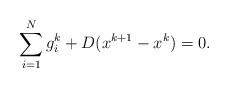
LaTeX: \begin{align*}\sum_{i=1}^N g^{k}_i + D(x^{k+1} - x^k) = 0.\end{align*}